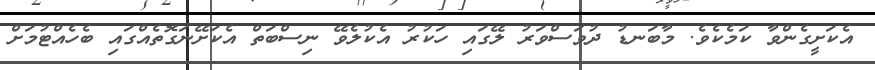
އެކަށީގެންވާ ކަމެކެވެ. މާބަނޑު ދުވަސްވަރު ލޭގައި ހަކުރު އެކުލެވޭ ނިސްބަތް އެކަށޭނަގޮތެއްގައި ބެެހެއްޓުމަށް